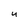
Character: U